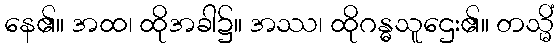
နေ၏။ အထ၊ ထိုအခါ၌။ အဿ၊ ထိုဂန္ဓသူဌေး၏။ တသ္မိံ